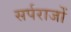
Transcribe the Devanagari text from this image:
सर्पराजों